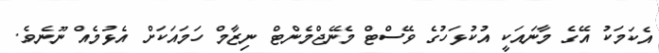
އެކަމަކު އޭގެ މާނައަކީ އުކުޅަހުގެ ވޭސްޓް މެނޭޖްމެންޓް ނިޒާމް ހަމައަކަށް އެޅުމެއް ނޫނެވެ.